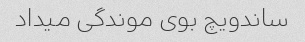
ساندویچ بوی موندگی میداد